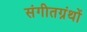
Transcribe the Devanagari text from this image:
संगीतग्रंथों